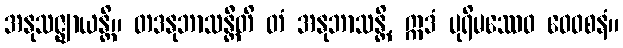
အနုသဇ္ဈာယန္တိ။ တဒနုဘာသန္တီတိ တံ အနုဘာသန္တိ, ဣဒံ ပုရိမဿေဝ ဝေဝစနံ။